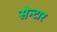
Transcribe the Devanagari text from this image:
सेन्टार